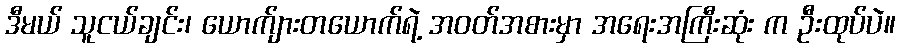
ဒီမယ် သူငယ်ချင်း၊ ယောက်ျားတယောက်ရဲ့ အဝတ်အစားမှာ အရေးအကြီးဆုံး က ဦးထုပ်ပဲ။